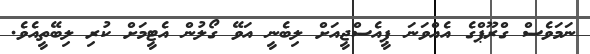
ނަމަވެސް ގްރޫޕްގެ އެއްވަނަ ޕީއެސްޖީއަށް ލިބެނީ އަވޭ ގޯލުން އެޓީމަށް ކުރި ލިބޭތީއެވެ.